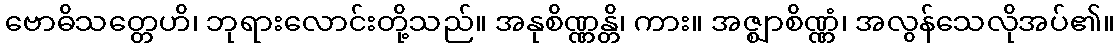
ဗောဓိသတ္တေဟိ၊ ဘုရားလောင်းတို့သည်။ အနုစိဏ္ဏန္တိ၊ ကား။ အဇ္ဈာစိဏ္ဏံ၊ အလွန်သေလိုအပ်၏။